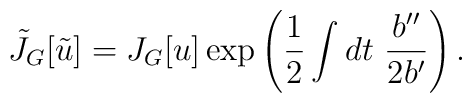
\tilde{J}_G[\tilde{u}] = J_G[u] \exp\left(\frac{1}{2}\int dt~ \frac{b''}{2b'}\right).